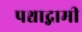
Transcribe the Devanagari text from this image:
पश्चाद्गामी